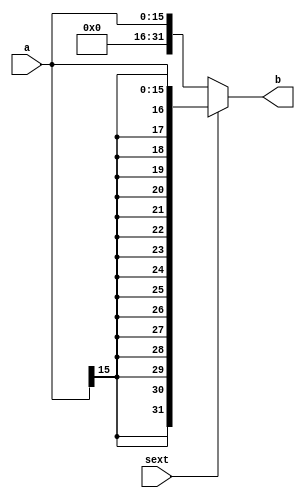
`timescale 1ns / 1ps
//////////////////////////////////////////////////////////////////////////////////
// Company: 
// Engineer: 
// 
// Design Name: 
// Module Name: extend
// Project Name: 
// Target Devices: 
// Tool Versions: 
// Description: 
// 
// Dependencies: 
// 
// Revision:
// Revision 0.01 - File Created
// Additional Comments:
// 
//////////////////////////////////////////////////////////////////////////////////


module extend #(parameter WIDTH = 16)(
input [WIDTH-1:0] a,
input sext, 
output [31:0] b
);
assign b=sext? {{(32-WIDTH){a[WIDTH-1]}},a} : {27'b0,a};
endmodule